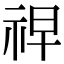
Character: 𮁲